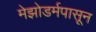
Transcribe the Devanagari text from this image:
मेझोडर्मपासून